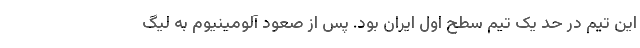
این تیم در حد یک تیم سطح اول ایران بود. پس از صعود آلومینیوم به لیگ